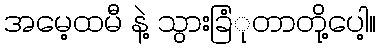
အမေ့ထမီ နဲ့ သွားခြံုတာတို့ပေါ့။